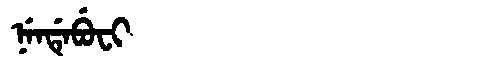
Manchu: ᠨᡝᠨᡩᡝᠪᡠᠸᡳ
Romanization: NENDEBUFI